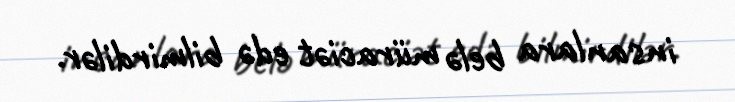
insanlara belə müraciət edə bilmirdilər.